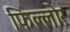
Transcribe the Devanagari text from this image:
फिल्लोर